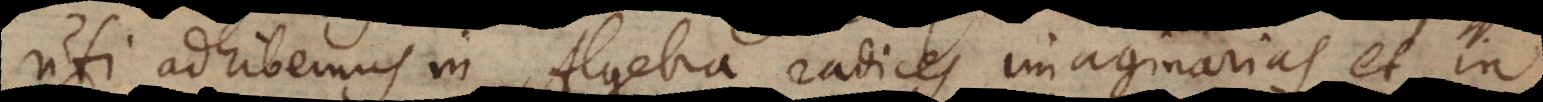
uti adhibemus in Algebra radices imaginarias, et in